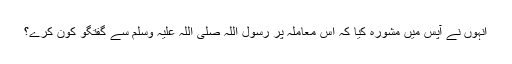
انہوں نے آپس میں مشورہ کیا کہ اس معاملہ پر رسول اللہ صلی اللہ علیہ وسلم سے گفتگو کون کرے؟